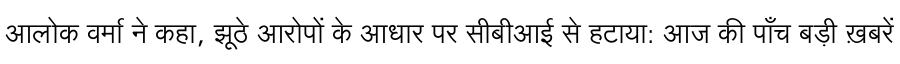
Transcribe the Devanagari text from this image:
आलोक वर्मा ने कहा, झूठे आरोपों के आधार पर सीबीआई से हटाया: आज की पाँच बड़ी ख़बरें